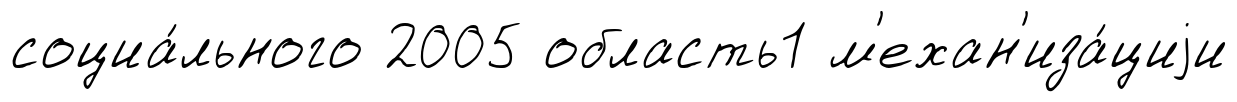
социа́льного 2005 область1 м'ехан'иза́циjи